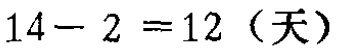
\(14 - 2 = 12\)（天）